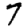
Digit: 7